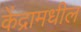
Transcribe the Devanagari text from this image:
केंद्रामधील